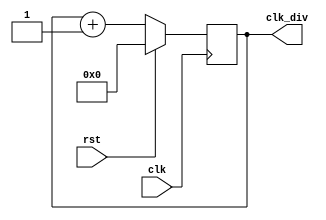
`timescale 1ns / 1ps
/*
ClkDiv: To divide 
*/
module clkdiv(
    input wire clk,
    input wire rst,
    output wire [31:0] clk_div
    );
    reg [31:0] counter = 0;
    
    always @ (posedge clk) begin
        if(rst == 1'b1) begin
            counter <= 0;
        end
        else begin
            counter <= counter + 1;
        end
    end
    
    assign clk_div = counter;
endmodule